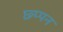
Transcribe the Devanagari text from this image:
छ्प्पन